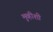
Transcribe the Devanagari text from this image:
मुव्हीशी